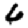
Digit: 6